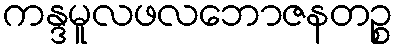
ကန္ဒမူလဖလဘောဇနတဉ္စ